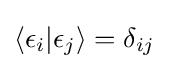
\langle \epsilon _{i}|\epsilon _{j}\rangle =\delta _{ij}